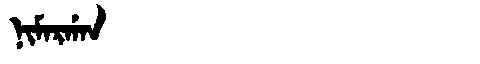
Manchu: ᠨᡳᠮᠠᡵᡤᠠᠨ
Romanization: NIMARGAN